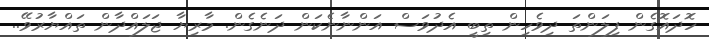
ހޮދައޮގެން ފިލަންތަ ދިވެހިން ތިބީ އެދުވަސް އަންނާނެކަން ދަނެގެން. މާރިޔާ ޖަލައްދާން ތައްޔާރުވޭ..